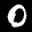
Label: 0